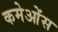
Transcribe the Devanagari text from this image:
कमेओंस